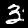
Label: 3